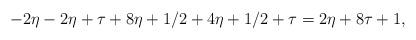
LaTeX: \begin{align*}-2\eta - 2 \eta + \tau + 8\eta + 1/2 + 4 \eta + 1/2 + \tau = 2 \eta + 8\tau + 1,\end{align*}